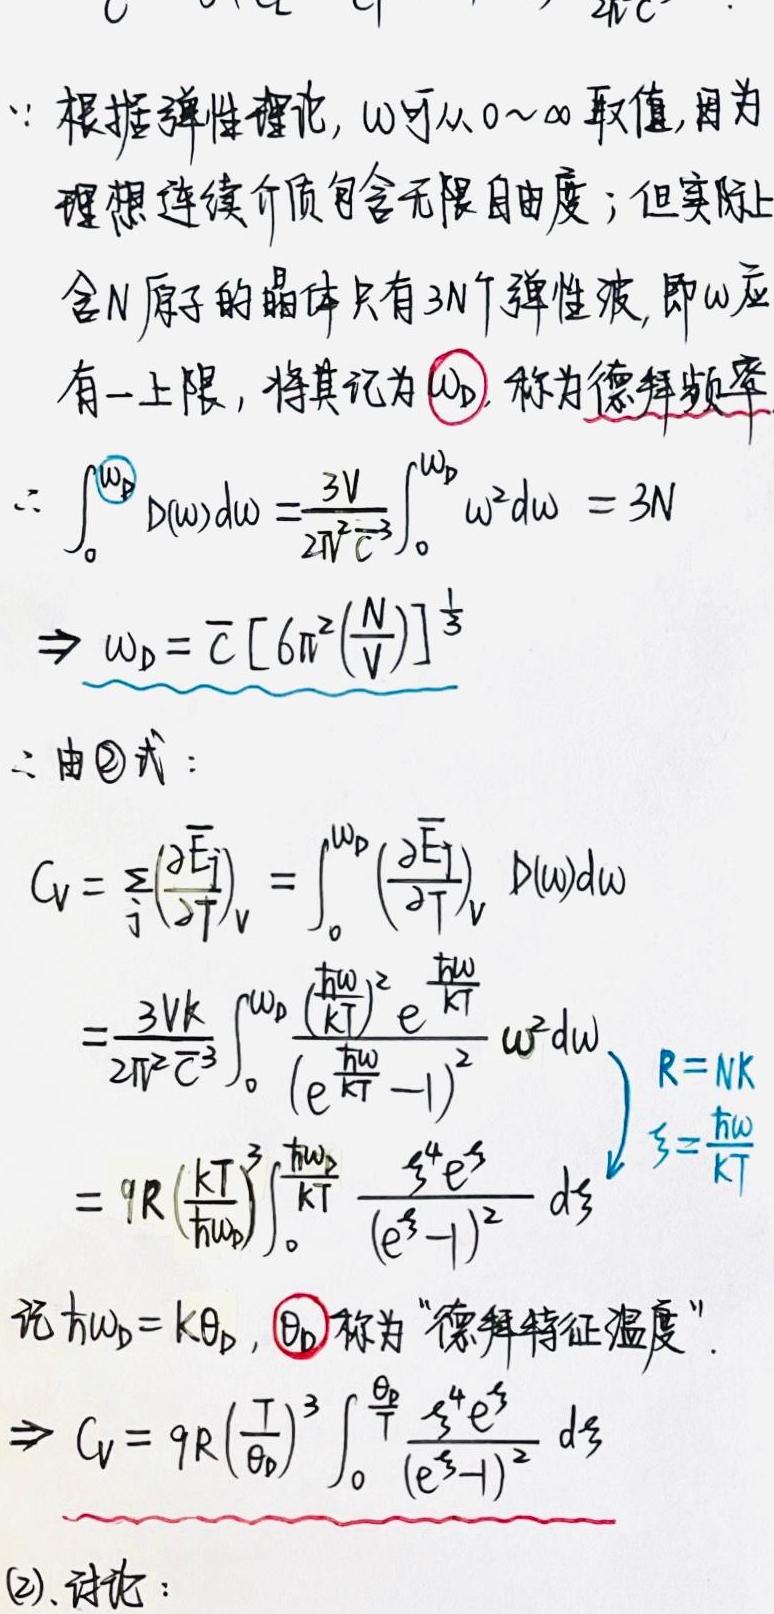
$\because$ 根据弹性理论, $\omega$ 可以 $0 \sim \infty$ 取值, 因为
理想连续介质包含无限自由度; 但实际上
含 $N$ 原子的晶体只有 $3N$ 个弹性波, 即 $\omega$ 应
有一上限, 将其记为 $\omega_D$, 称为德拜频率
$\therefore \int_{0}^{\omega_D} D(\omega) d\omega=\frac{3V}{2\pi^2\bar{c}^3}\int_{0}^{\omega_D} \omega^2 d\omega = 3N$
$\Rightarrow \omega_D=\bar{c} [6\pi^2(\frac{N}{V})]^{\frac{1}{3}}$
$\therefore$ 由(2)式:
$C_V = \sum_{j}(\frac{\partial \bar{E}_j}{\partial T})_V = \int_{0}^{\omega_D} (\frac{\partial \bar{E}_j}{\partial T})_V D(\omega)d\omega$
$=\frac{3Vk}{2\pi^2\bar{c}^3}\int_{0}^{\omega_D} \frac{(\frac{\hbar\omega}{kT})^2 e^{\frac{\hbar\omega}{kT}}}{(e^{\frac{\hbar\omega}{kT}} - 1)^2} \omega^2 d\omega$
$= 9R (\frac{kT}{\hbar\omega_D})^3\int_{0}^{\frac{\hbar\omega_D}{kT}} \frac{\xi^4 e^{\xi}}{(e^{\xi} - 1)^2} d\xi$
$\begin{cases}
R = Nk \\
\xi = \frac{\hbar\omega}{kT}
\end{cases}$
记 $\hbar\omega_D = k\theta_D$, $\theta_D$ 称为 “德拜特征温度”.
$\Rightarrow C_V = 9R (\frac{T}{\theta_D})^3 \int_{0}^{\frac{\theta_D}{T}} \frac{\xi^4 e^{\xi}}{(e^{\xi} - 1)^2} d\xi$
(2). 讨论: